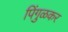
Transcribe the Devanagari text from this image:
पिंगुळकर